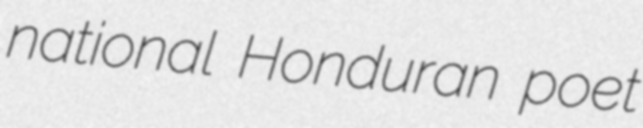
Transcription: national Honduran poet